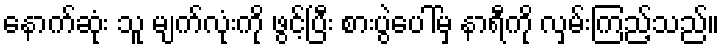
နောက်ဆုံး သူ မျက်လုံးကို ဖွင့်ပြီး စားပွဲပေါ်မှ နာရီကို လှမ်းကြည့်သည်။